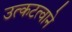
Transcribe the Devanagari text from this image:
उत्कटत्वाने